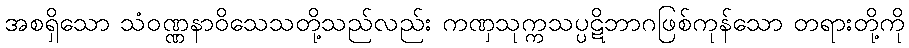
အစရှိသော သံဝဏ္ဏနာဝိသေသတို့သည်လည်း ကဏှသုက္ကသပ္ပဋိဘာဂဖြစ်ကုန်သော တရားတို့ကို